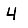
Digit: 4